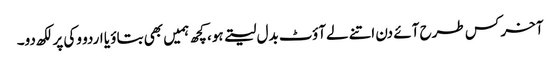
آخر کس طرح آئے دن اتنے لےآؤٹ بدل لیتے ہو، کچھ ہمیں بھی بتاؤ یا اردو وکی پر لکھ دو۔